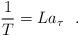
LaTeX: \begin{align*} {1 \over T} = L a_{\tau}~~.\end{align*}